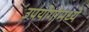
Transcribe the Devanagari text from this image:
उपयोगांमध्ये